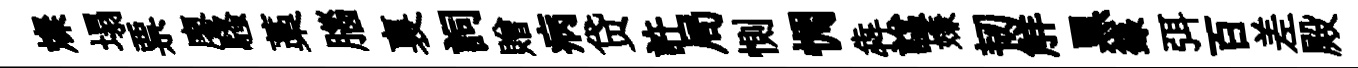
燦塌票廖騷藁腦裏詞贈病贷許局惻惆犇諡嫌韧觧黒籙弭百差殿